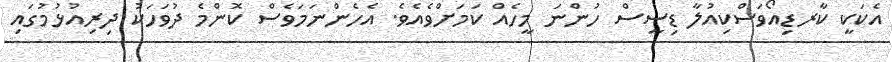
އެކަކީ ކާރޑިއޯވަސްކިއުލާ ޑިސީސް ހުންނަ މީހެއް ކަމަށްވެއެވެ. އެހެންނަމަވެސް ކޮންމެ ދުވަހަކު ދިރިއުޅުމުގައި